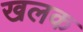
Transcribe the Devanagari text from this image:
खलक